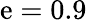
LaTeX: \mathrm{e}=0.9